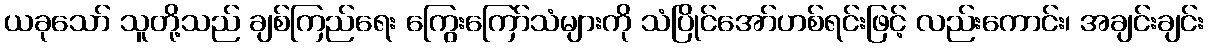
ယခုသော် သူတို့သည် ချစ်ကြည်ရေး ကြွေးကြော်သံများကို သံပြိုင်အော်ဟစ်ရင်းဖြင့် လည်းကောင်း၊ အချင်းချင်း